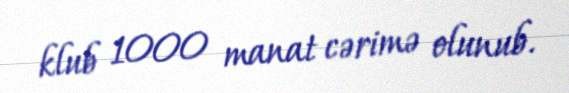
klub 1000 manat cərimə olunub.